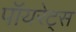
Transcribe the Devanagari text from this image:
पॉयरेट्स